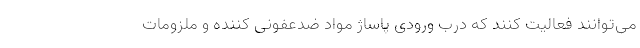
می‌توانند فعالیت کنند که درب ورودی پاساژ مواد ضدعفونی کننده و ملزومات